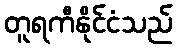
တူရကီနိုင်ငံသည်